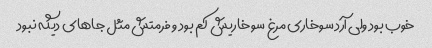
خوب بود ولی آرد سوخاری مرغ سوخاریش کم بود و فرمتش مثل جاهای دیگه نبود